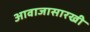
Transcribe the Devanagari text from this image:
आवाजासारखी